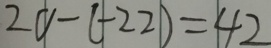
2 0 - ( - 2 2 ) = 4 2